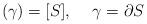
LaTeX: \begin{align*}(\gamma)=[S],\hspace{5mm}\gamma=\partial S\end{align*}